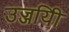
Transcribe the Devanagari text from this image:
उज्जयिी